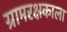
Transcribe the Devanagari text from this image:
ग्रामरक्षकाला